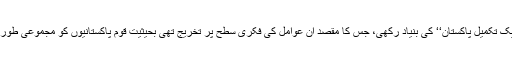
انہوں نے سقوطِ ڈھاکہ کے بعد “تحریکِ تکمیلِ پاکستان‘‘ کی بنیاد رکھی، جس کا مقصد ان عوامل کی فکری سطح پر تخریج تھی بحیثیت قوم پاکستانیوں کو مجموعی طور پر ناسور کی طرح چاٹ رہے تھے۔